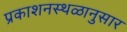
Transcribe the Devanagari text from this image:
प्रकाशनस्थळानुसार